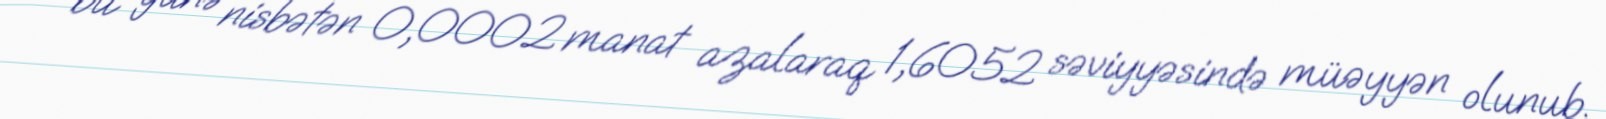
bu günə nisbətən 0,0002 manat azalaraq 1,6052 səviyyəsində müəyyən olunub.